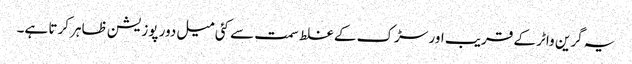
یہ گرین واٹر کے قریب اور سڑک کے غلط سمت سے کئی میل دور پوزیشن ظاہر کرتا ہے۔